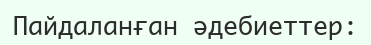
Пайдаланған әдебиеттер: